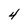
Character: 4